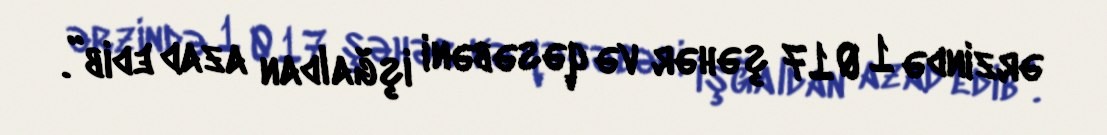
ərzində 1 017 şəhər və qəsəbəni işğaldan azad edib”.